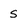
Character: S